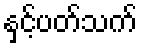
နှင့်ပတ်သက်